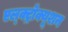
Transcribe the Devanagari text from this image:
एल्क्ट्रोक्यूशन